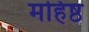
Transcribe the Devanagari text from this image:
महिष्ठ